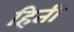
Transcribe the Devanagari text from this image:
हिती